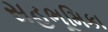
સહભૂમિકા